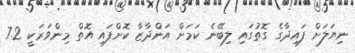
ނިޔަލަށް ފައިދާގެ ގޮތުގައި ލިބޭނެ ކަމަށް އަންދާޒާ ކޮށްފައި އޮތް މިންވަރަކީ 7.2